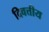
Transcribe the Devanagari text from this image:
दिवत्तीय